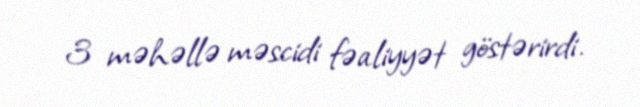
3 məhəllə məscidi fəaliyyət göstərirdi.